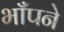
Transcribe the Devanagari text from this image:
भाँपने